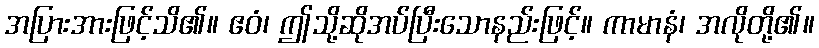
အပြားအားဖြင့်သိ၏။ ဧဝံ၊ ဤသို့ဆိုအပ်ပြီးသောနည်းဖြင့်။ ကာမာနံ၊ အလိုတို့၏။